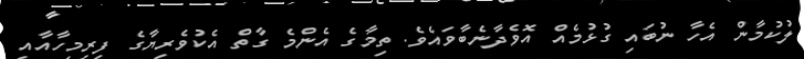
ލުކުމާން އެހާ ނުބައި ގުޅުމެއް އޮވެދާނެބާވައެވެ. ތިމާގެ އެންމެ ގާތް އެކުވެރިޔާގެ ފިރިމިހާއާއި